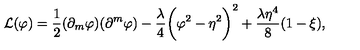
{ \cal L } ( \varphi ) = \frac { 1 } { 2 } ( \partial _ { m } \varphi ) ( \partial ^ { m } \varphi ) - \frac { \lambda } { 4 } \biggl ( \varphi ^ { 2 } - \eta ^ { 2 } \biggr ) ^ { 2 } + \frac { \lambda \eta ^ { 4 } } { 8 } ( 1 - \xi ) ,